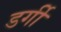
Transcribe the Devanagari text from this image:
डर्गी